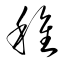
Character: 種